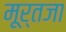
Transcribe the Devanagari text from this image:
मूर्तजा